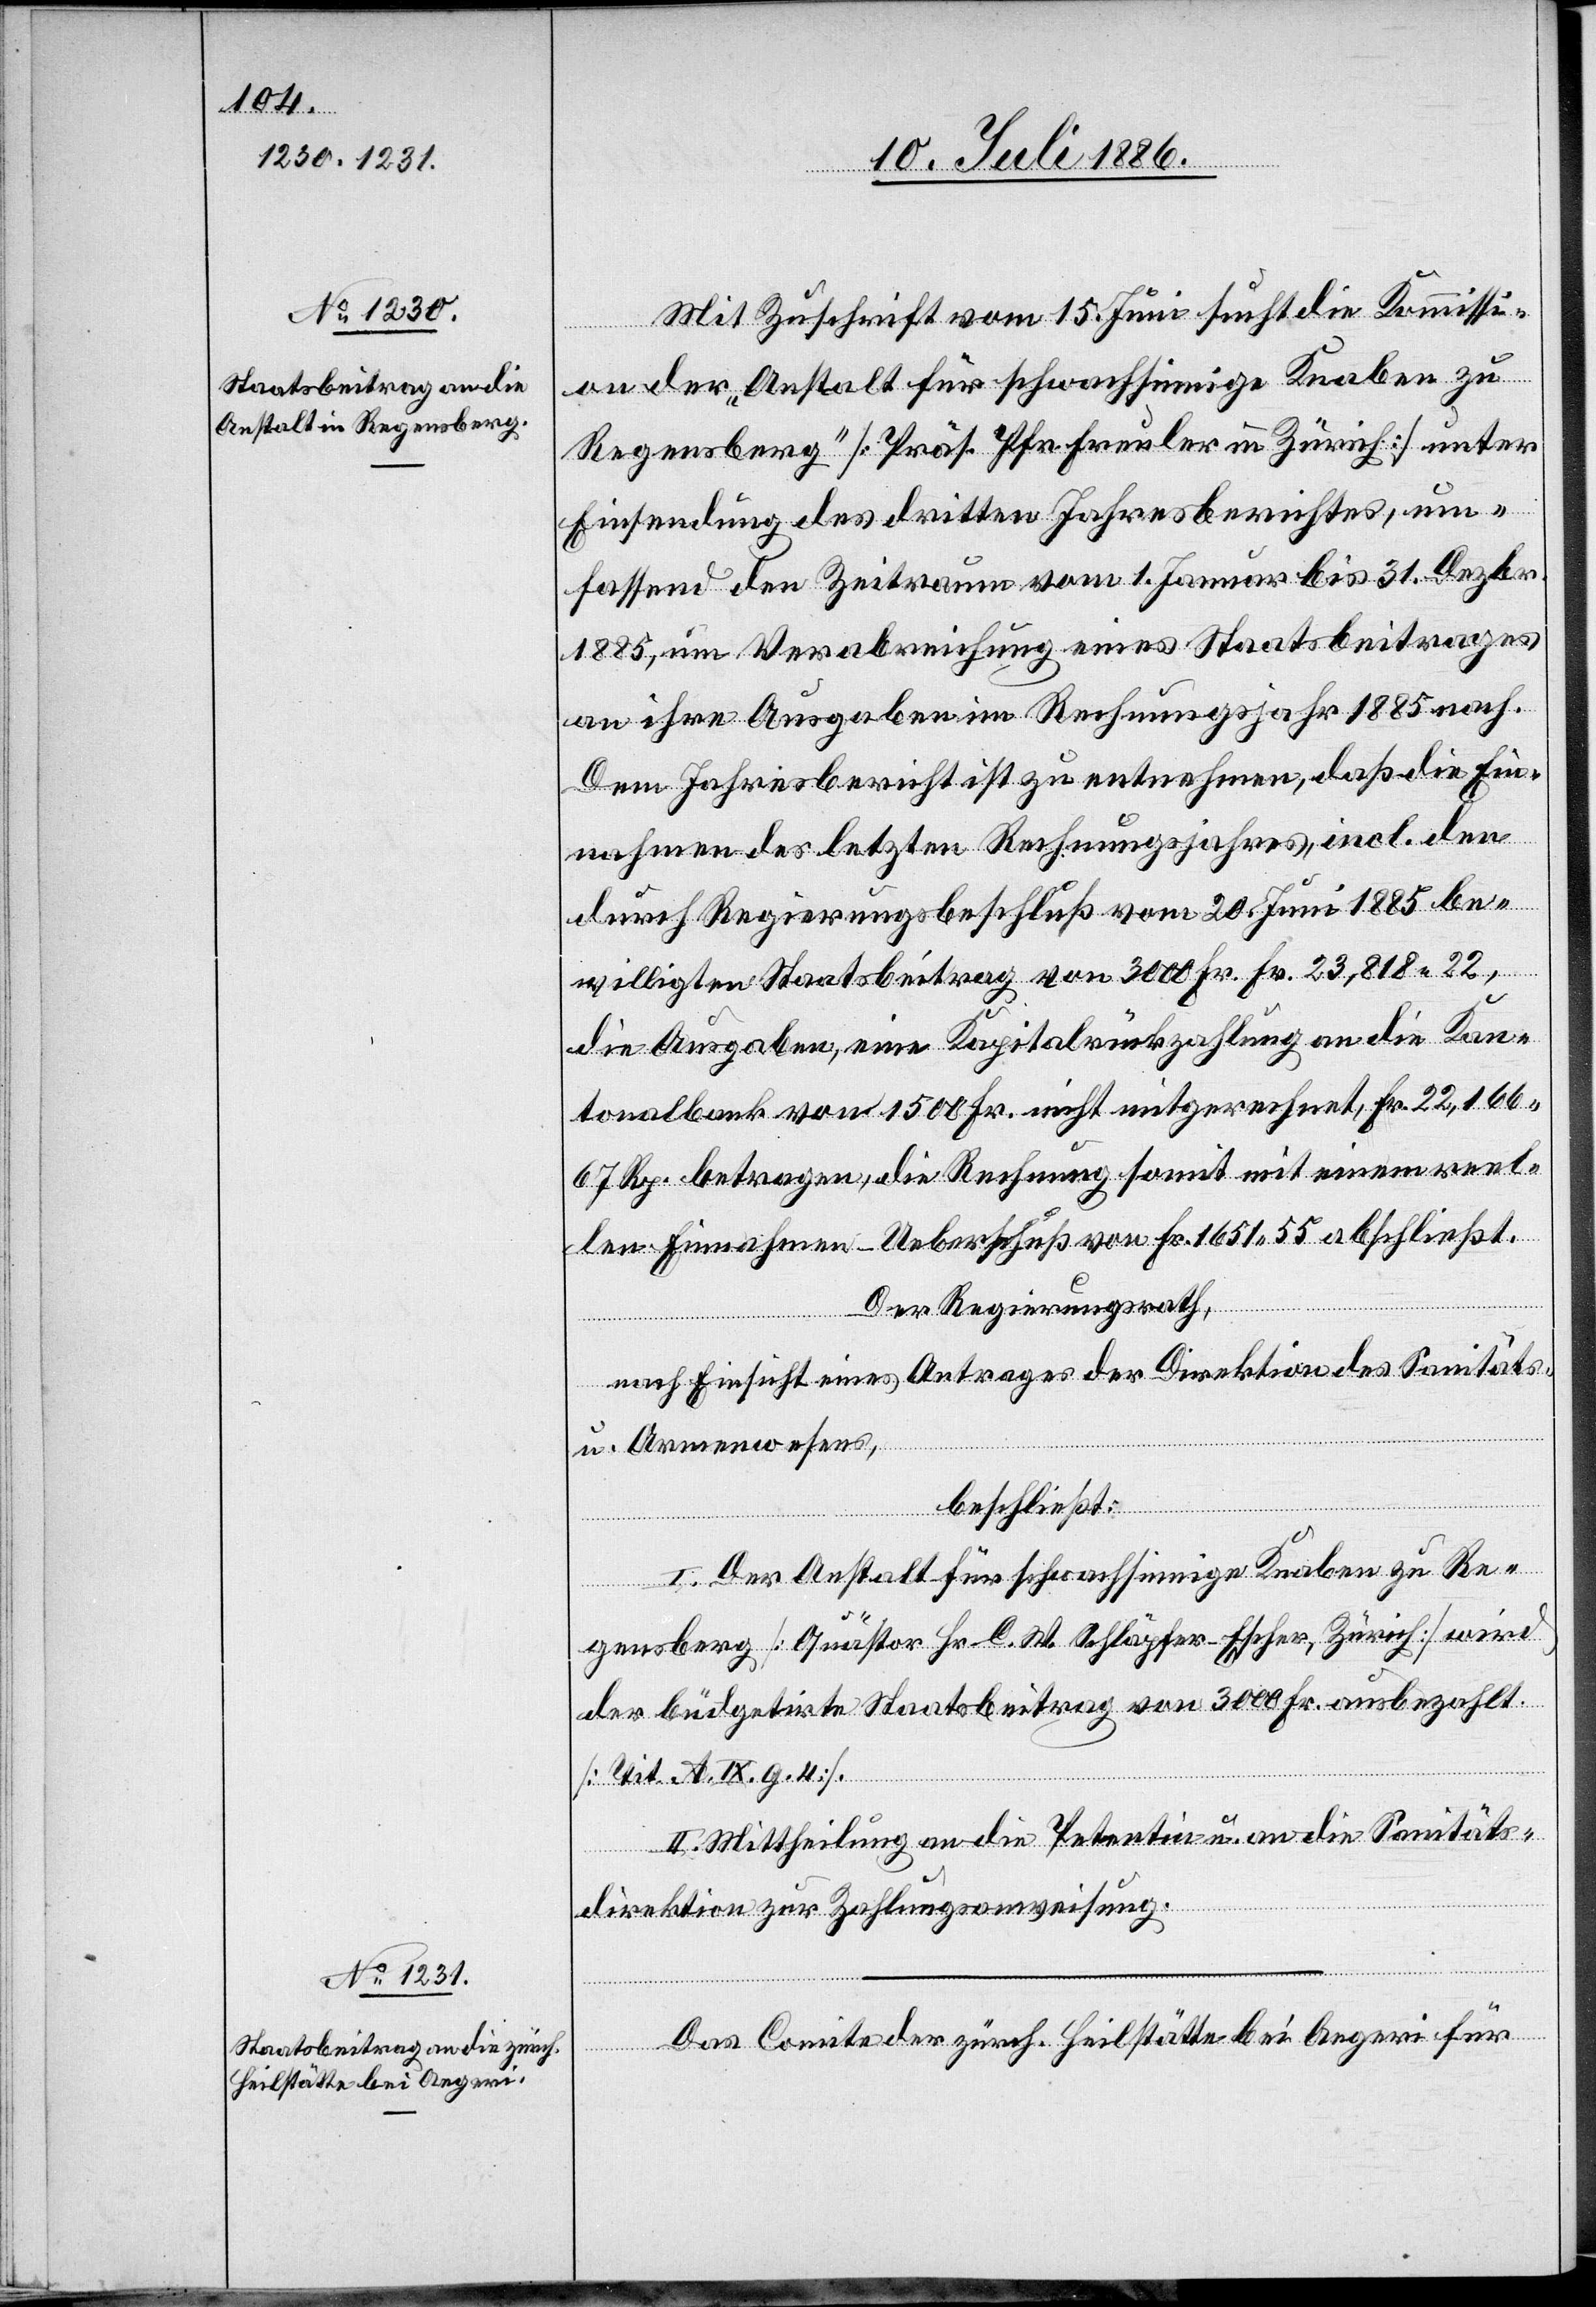
Mit Zuschrift vom 15. Juni sucht die Kommissi¬
on der „Anstalt für schwachsinnige Knaben zu
Regensberg“ [Präs. Pfr. Freuler in Zürich] unter
Einsendung des dritten Jahresberichtes, um¬
fassend den Zeitraum vom 1. Januar bis 31. Dezbr.
1885, um Verabreichung eines Staatsbeitrages
an ihre Ausgaben im Rechnungsjahr 1885 nach.
Dem Jahresbericht ist zu entnehmen, daß die Ein¬
nahmen des letzten Rechnungsjahres, incl. den
durch Regierungsbeschluß vom 20. Juni 1885 be¬
willigten Staatsbeitrag von 3000 Fr. Fr. 23,818 22,
die Ausgaben, eine Kapitalrückzahlung an die Kan¬
tonalbank von 1500 Fr. nicht mitgerechnet, Fr. 22,166
67 Rp. betragen, die Rechnung somit mit einem reel¬
len Einnahmen-Ueberschuß von Fr. 1651 55 abschließt.
Der Regierungsrath,
nach Einsicht eines Antrages der Direktion des Sanitäts-
u. Armenwesens,
beschließt:
I. Der Anstalt für schwachsinnige Knaben zu Re¬
gensberg [Quästor Hr. C. W. Schläpfer-Escher, Zürich] wird
der büdgetirte Staatsbeitrag von 3000 Fr. ausbezahlt
[Tit. a. IX. g. 4].
II. Mittheilung an die Petentin u. an die Sanitäts¬
direktion zur Zahlungsanweisung.
Das Comite der zürch. Heilstätte bei Aegeri für